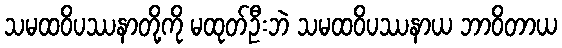
သမထဝိပဿနာတို့ကို မထုတ်ဦးဘဲ သမထဝိပဿနာယ ဘာဝိတာယ